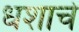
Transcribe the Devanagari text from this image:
धशाचे